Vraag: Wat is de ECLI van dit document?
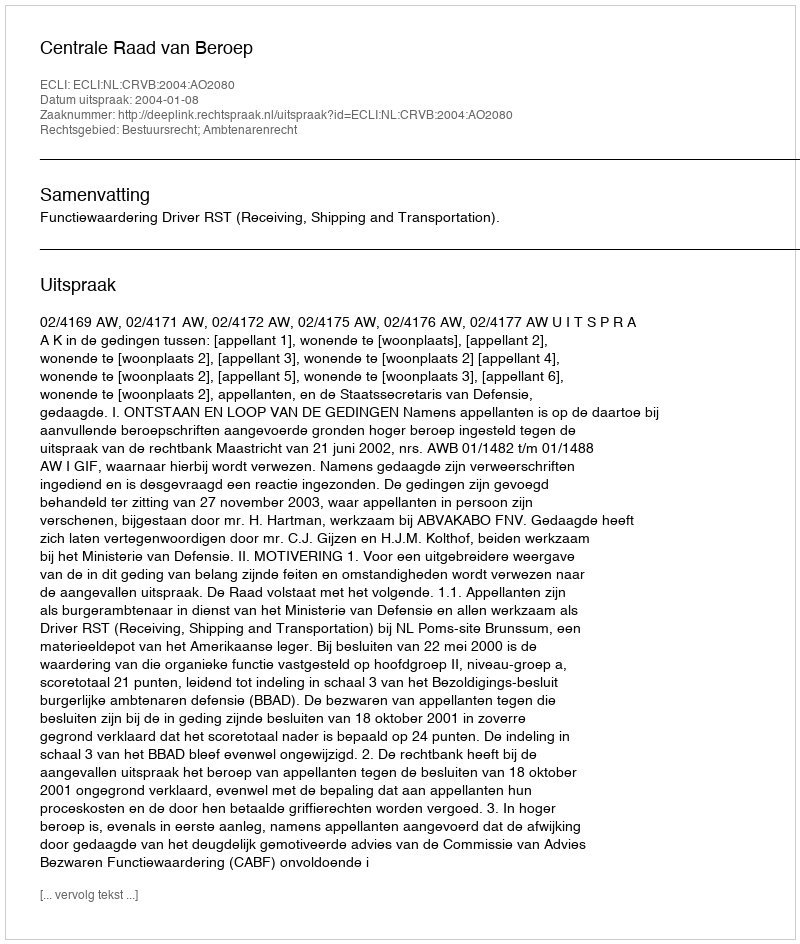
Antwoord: ECLI:NL:CRVB:2004:AO2080